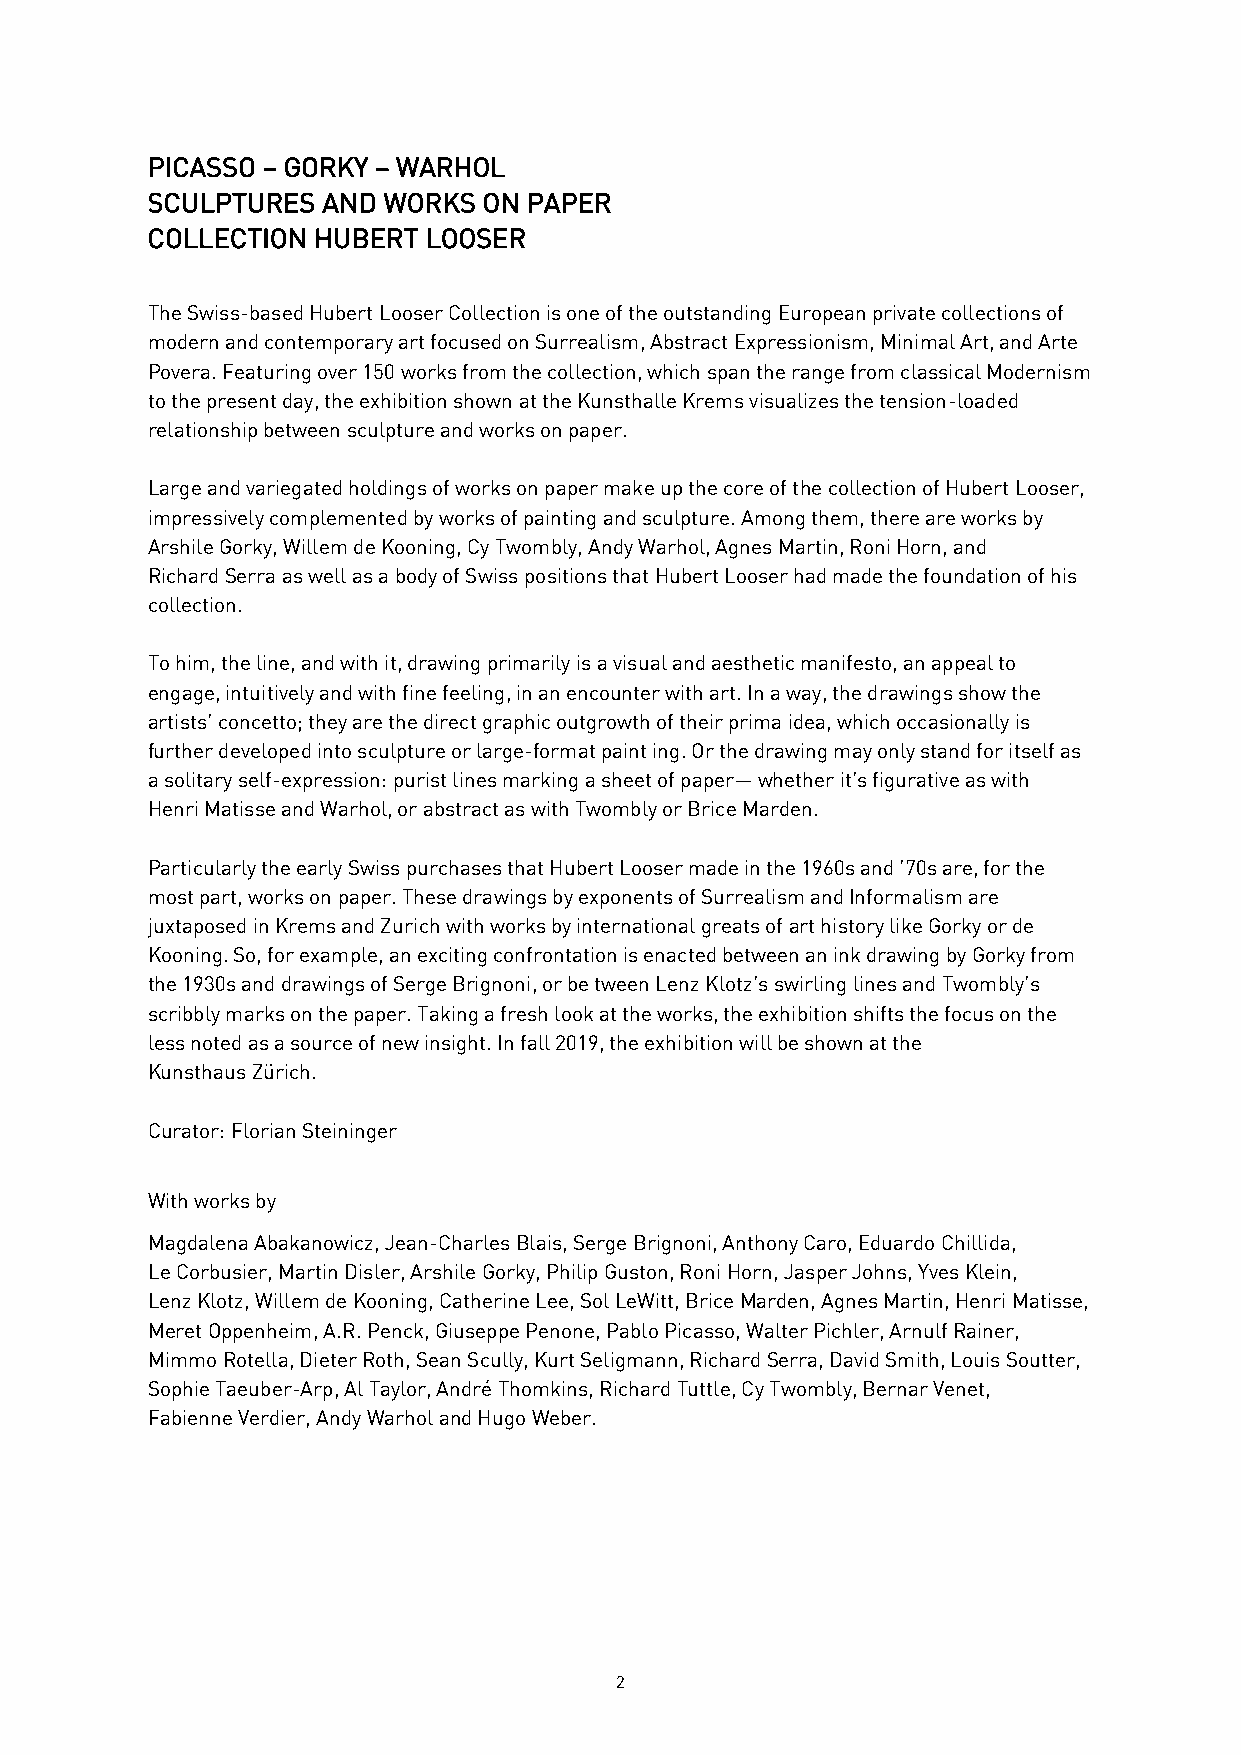
PICASSO – GORKY – WARHOL
 SCULPTURES AND WORKS  ON PAPER
 COLLECTION HUBERT LOOSER
 The Swiss-based Hubert Looser Collection is one of the outstanding European private collections of
 modern and contemporary art focused on Surrealism, Abstract Expressionism, Minimal Art, and Arte
 Povera. Featuring over 150 works from the collection, which span the range from classical Modernism
 to the present day, the exhibition shown at the Kunsthalle Krems visualizes the tension-loaded
 relationship between sculpture and works on paper.
 Large and variegated holdings of works on paper make up the core of the collection of Hubert Looser,
 impressively complemented by works of painting and sculpture. Among them, there are works by
 Arshile Gorky, Willem de Kooning, Cy Twombly, Andy Warhol, Agnes Martin, Roni Horn, and
 Richard Serra as well as a body of Swiss positions that Hubert Looser had made the foundation of his
 collection.
 To him, the line, and with it, drawing primarily is a visual and aesthetic manifesto, an appeal to
 engage, intuitively and with fine feeling, in an encounter with art. In a way, the drawings show the
 artists’ concetto; they are the direct graphic outgrowth of their prima idea, which occasionally is
 further developed into sculpture or large-format paint ing. Or the drawing may only stand for itself as
 a solitary self-expression: purist lines marking a sheet of paper— whether it’s figurative as with
 Henri Matisse and Warhol, or abstract as with Twombly or Brice Marden.
 Particularly the early Swiss purchases that Hubert Looser made in the 1960s and ’70s are, for the
 most part, works on paper. These drawings by exponents of Surrealism and Informalism are
 juxtaposed in Krems and Zurich with works by international greats of art history like Gorky or de
 Kooning. So, for example, an exciting confrontation is enacted between an ink drawing by Gorky from
 the 1930s and drawings of Serge Brignoni, or be tween Lenz Klotz’s swirling lines and Twombly’s
 scribbly marks on the paper. Taking a fresh look at the works, the exhibition shifts the focus on the
 less noted as a source of new insight. In fall 2019, the exhibition will be shown at the
 Kunsthaus Zürich.
 Curator: Florian Steininger
 With works by
 Magdalena Abakanowicz, Jean-Charles Blais, Serge Brignoni, Anthony Caro, Eduardo Chillida,
 Le Corbusier, Martin Disler, Arshile Gorky, Philip Guston, Roni Horn, Jasper Johns, Yves Klein,
 Lenz Klotz, Willem de Kooning, Catherine Lee, Sol LeWitt, Brice Marden, Agnes Martin, Henri Matisse,
 Meret Oppenheim, A.R. Penck, Giuseppe Penone, Pablo Picasso, Walter Pichler, Arnulf Rainer,
 Mimmo Rotella, Dieter Roth, Sean Scully, Kurt Seligmann, Richard Serra, David Smith, Louis Soutter,
 Sophie Taeuber-Arp, Al Taylor, André Thomkins, Richard Tuttle, Cy Twombly, Bernar Venet,
 Fabienne Verdier, Andy Warhol and Hugo Weber.
 2